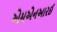
એમએનઆરઈ